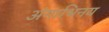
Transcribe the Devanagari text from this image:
अंगाभिनय